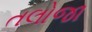
તલોજા